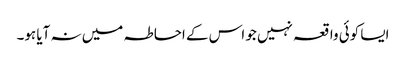
ایسا کوئی واقعہ نہیں جو اس کے احاطہ میں نہ آیا ہو۔